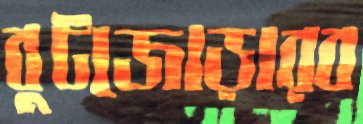
বুটজোড়ারব